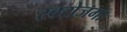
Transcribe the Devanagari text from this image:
स्‍वरोजगा